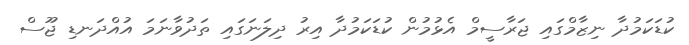
ކުޑަކަމުދާ ނިޒާމްގައި ޖަރާސީމް އެޅުމުން ކުޑަކަމުދާ އިރު ދިލަނަގައި ތަދުވާނަމަ އުއްދަނޑި ޖޫސް